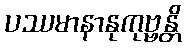
ပဿမာနာနုကုဗ္ဗန္တိ